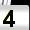
Digit: 4